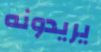
يريدونه